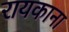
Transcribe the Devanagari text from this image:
रायकाना